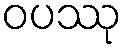
ဝပဿု